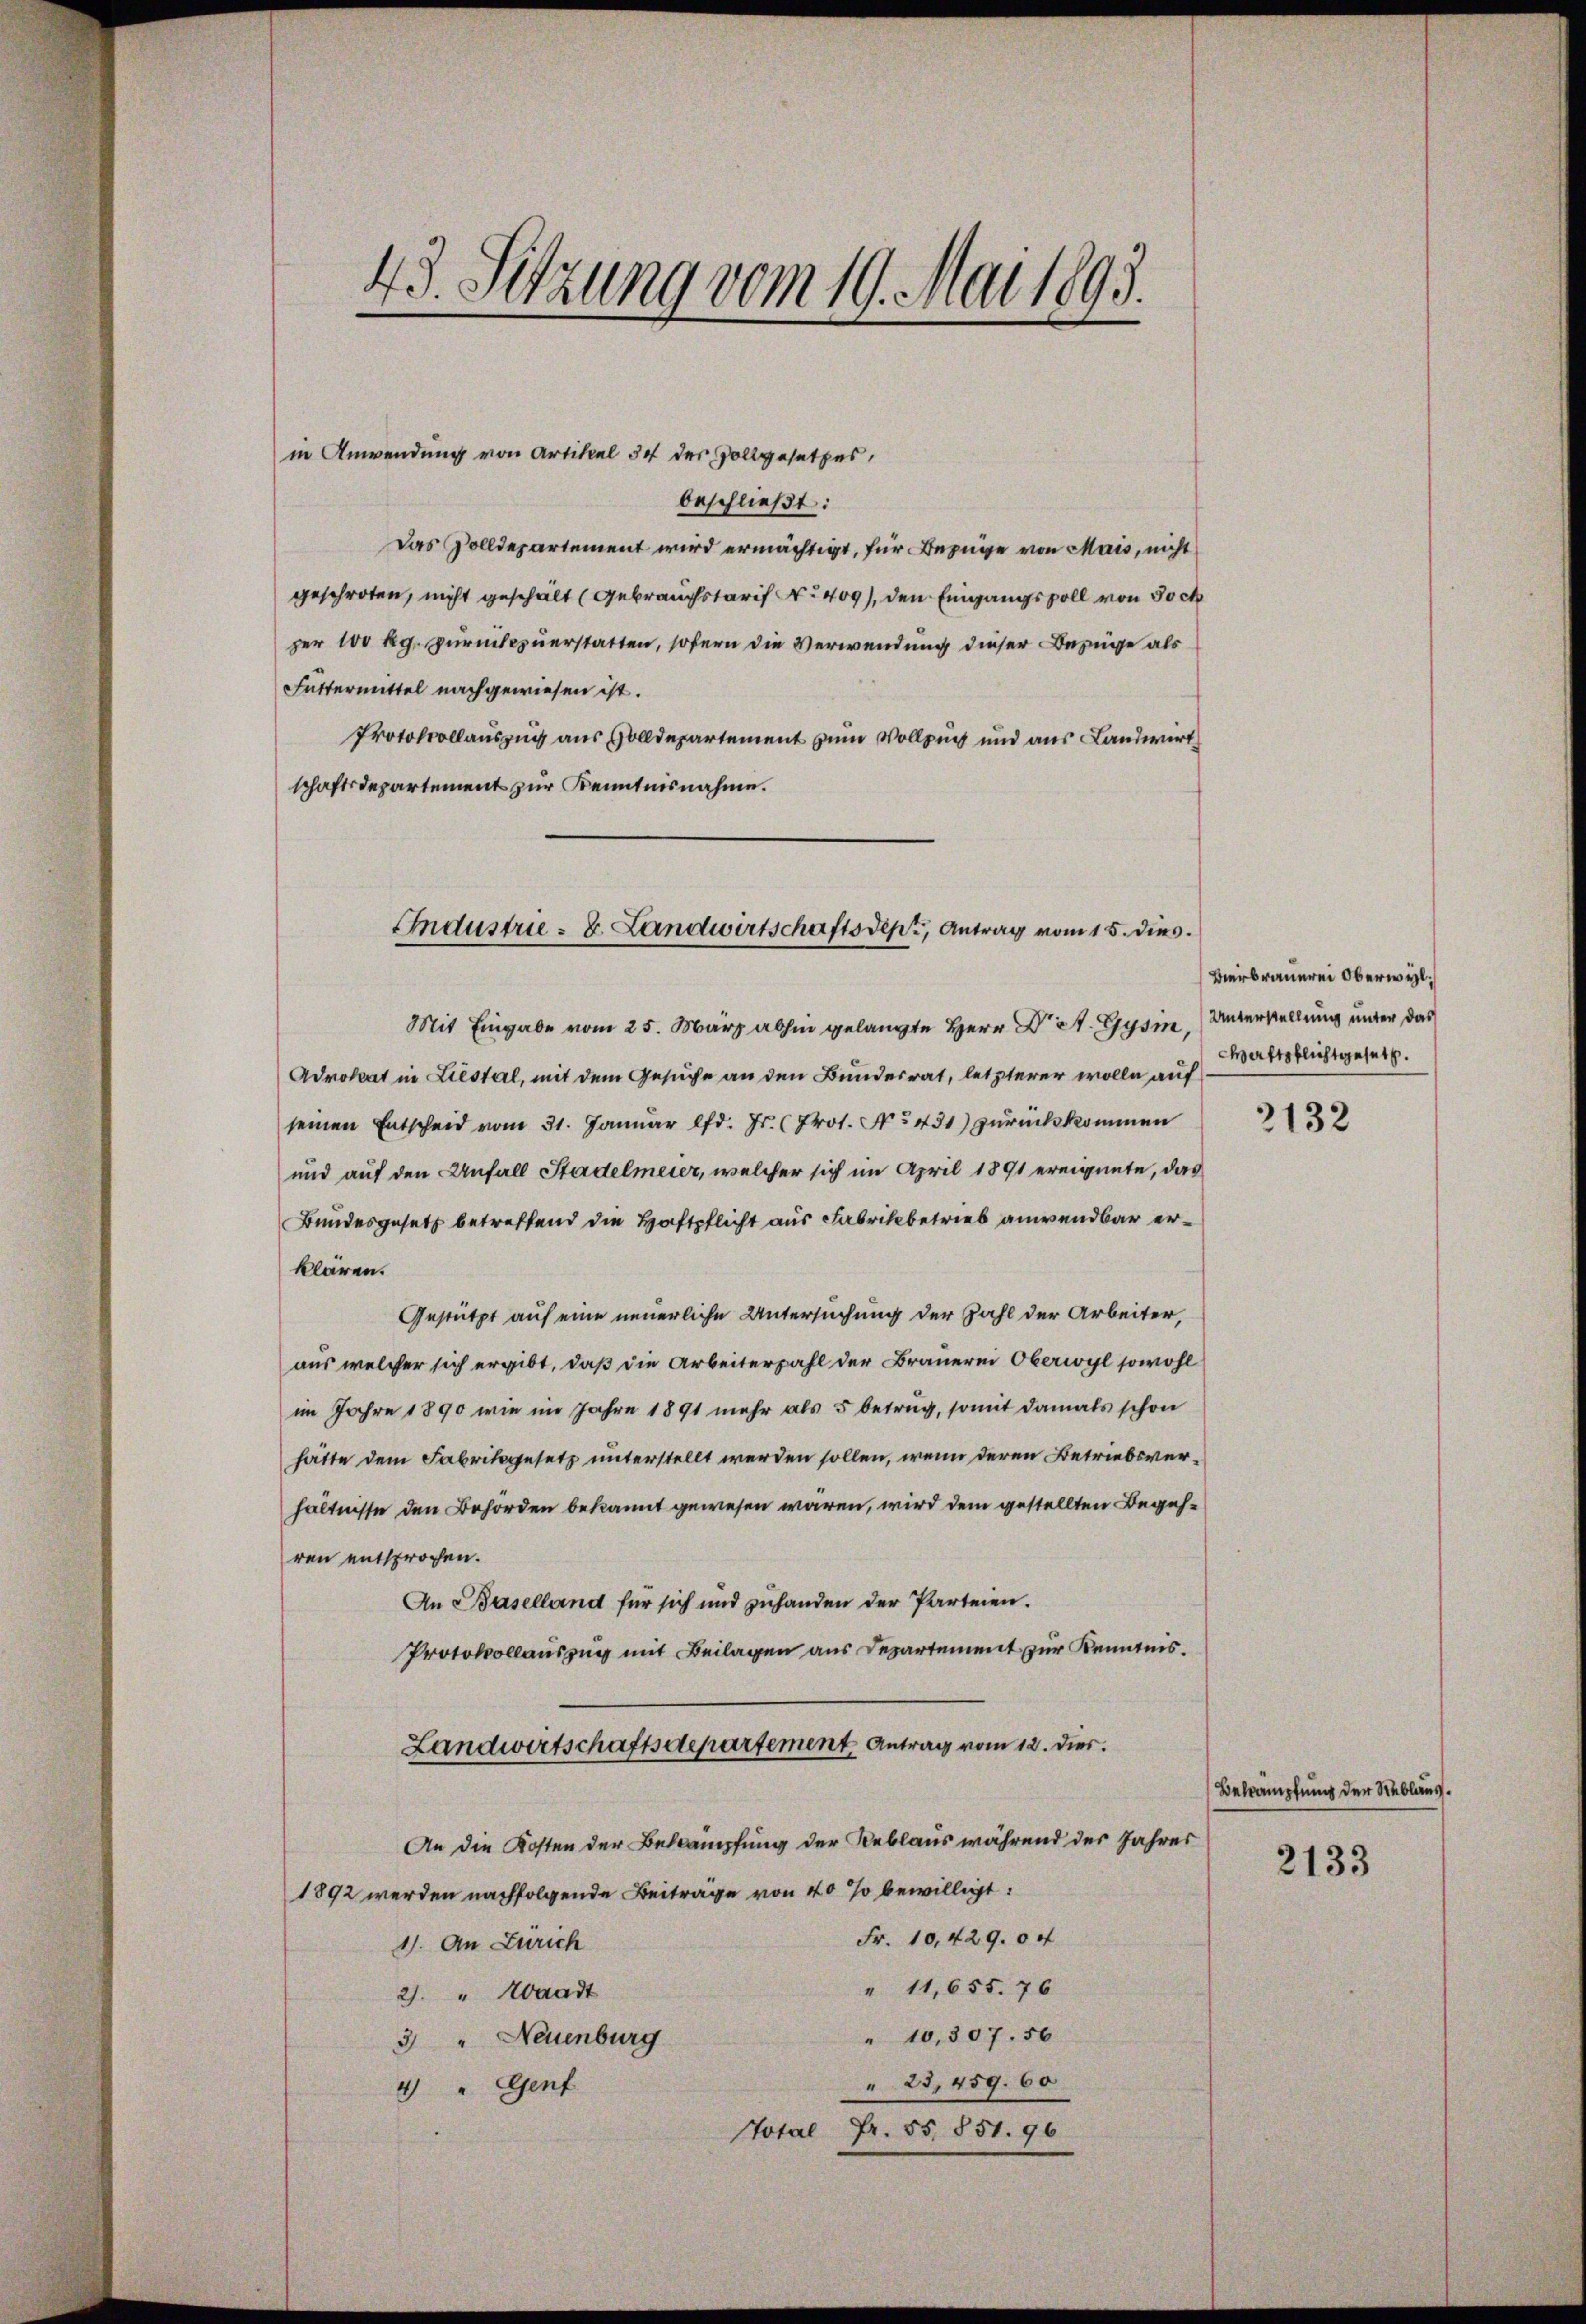
43. Sitzung vom 19. Mai 1893.

in Anwendung von Artikel 34 des Vollgesetzes,
beschließt:
Das Zolldepartement wird ermächtigt, für Bezüge von Mais, nicht
geschroten, nicht geschält (Gebrauchstarif No 409), den Eingangsvoll von Joch
per 100 kg. Zurückzuerstatten, sofern die Verwendung dieser Bezüge als
Futtermittel nachgewiesen ist.
Protokollauszug aus solldepartement zum Vollzug und aus Landwirth
schaftsdepartement zur Kenntnisnahme.
Mit Eingabe vom 25. März abhin gelangte Herr Dr A. Gysin
Advokat in Liestal, mit dem Gesuche an den Bundesrat, letzterer wolle auf
seinen Entscheid vom 31. Januar lfd. Js. (Prot. No 431) zŭrückkommen
und auf den Anfall Stadelmeier, welcher sich im April 1891 ereignete, das
Bundesgesetz betreffend die Haftpflicht aus Fabrikbetrieb anwendbar erklären.
Gestützt auf eine neuerliche Untersuchung der Zahl der Arbeiter,
aus welcher sich ergibt, daß die Arbeiterzahl der Brauerei Oberwyl sowohl
im Jahre 1890 wie im Jahre 1891 mehr als 5 betrug, somit damals schon
hätte dem Fabrikgesetz unterstellt werden sollen, wenn deren Betriebsverhältnisse den Behörden bekannt gewesen waren, wird dem gestellten Begehren entsprochen.
An Baselland für sich und zuhanden der Parteien.
Protokollauszug mit Beilagen aus Departement zur Kenntnis.
Landwirtschaftsdepartement Antrag vom 12. dies
An die Kosten der Bekämpfung der Reblaus während der Jahres
1892 werden nachfolgende Beitrage von 40% bewilligt:
Fr. 10,429. 0 x
1). An Zürich
" 11,655. 76
2) " Waadt
" 10,307. 56
3 " Neuenburg
" 23, 459. 60
4) " Genf
Fr. 55, § 51. 96
Total

Industrie - 8. Landwirtschaftsdept, Antrag vom 15. dies.

Bierbrauerei Oberwyl,
Unterstellung unter das
Waftpflichtgesetz.

2132

Bekämpfung der Reblans.

2133